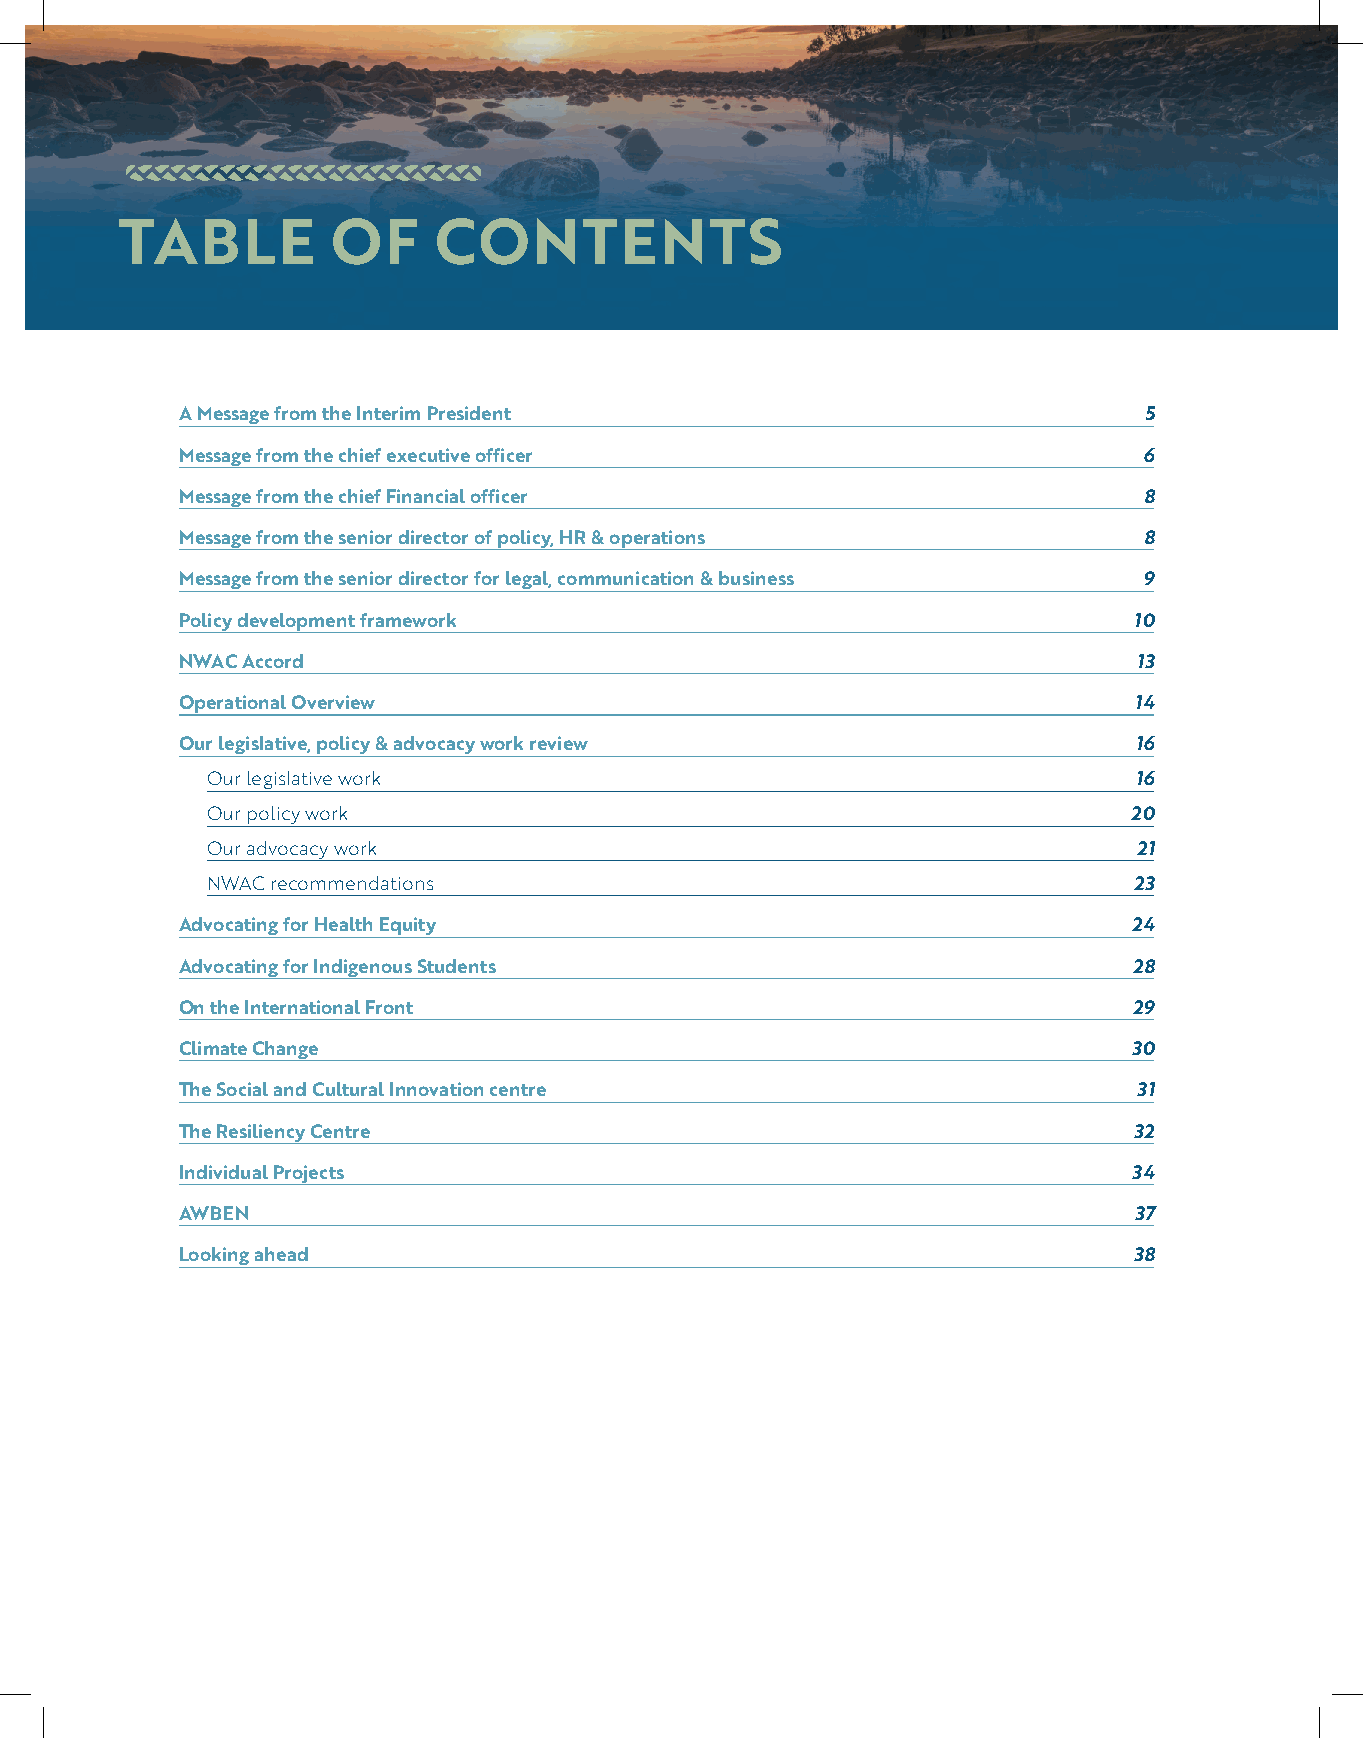
TABLE         OF     CONTENTS
 A Message from the Interim President                            5
 Message from the chief executive officer                        6
 Message from the chief Financial officer                        8
 Message from the senior director of policy, HR & operations     8
 Message from the senior director for legal, communication & business 9
 Policy development framework                                   10
 NWAC Accord                                                    13
 Operational Overview                                           14
 Our legislative, policy & advocacy work review                 16
 Our legislative work                                         16
 Our policy work                                              20
 Our advocacy work                                            21
 NWAC recommendations                                         23
 Advocating for Health Equity                                   24
 Advocating for Indigenous Students                             28
 On the International Front                                     29
 Climate Change                                                 30
 The Social and Cultural Innovation centre                      31
 The Resiliency Centre                                          32
 Individual Projects                                            34
 AWBEN                                                          37
 Looking ahead                                                  38